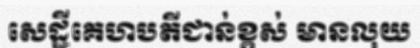
សេដ្ឋីគេហបតីជាន់ខ្ពស់ មានលុយ